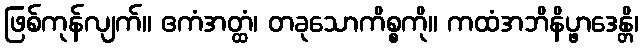
ဖြစ်ကုန်လျက်။ ဧကံအတ္ထံ၊ တခုသောကိစ္စကို။ ကထံအဘိနိပ္ဖာဒေန္တိ၊